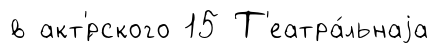
в акт'́рского 15 Т'еатра́льнаjа